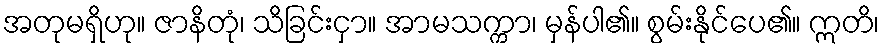
အတုမရှိဟု။ ဇာနိတုံ၊ သိခြင်းငှာ။ အာမသက္ကာ၊ မှန်ပါ၏။ စွမ်းနိုင်ပေ၏။ ဣတိ၊